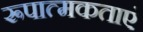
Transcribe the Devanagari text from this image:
रूपात्मकताएं